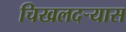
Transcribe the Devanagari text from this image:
चिखलदर्‍यास